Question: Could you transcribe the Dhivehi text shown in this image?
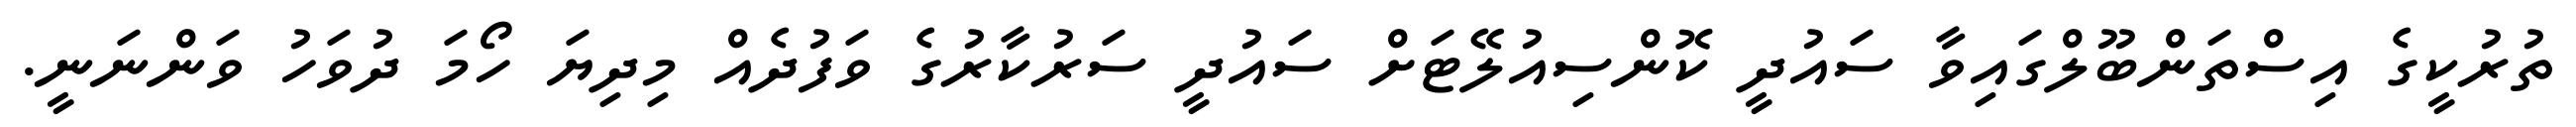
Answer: ތުރުކީގެ އިސްތަންބޫލްގައިވާ ސައުދީ ކޮންސިއުލޭޓަށް ސައުދީ ސަރުކާރުގެ ވަފުދެއް މިދިޔަ ހޯމަ ދުވަހު ވަންނަނީ.